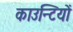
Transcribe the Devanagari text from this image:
काउन्टियों